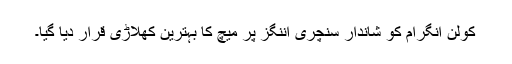
کولن انگرام کو شاندار سنچری اننگز پر میچ کا بہترین کھلاڑی قرار دیا گیا۔